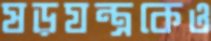
ষড়যন্ত্রকেও